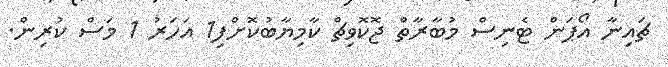
ޗައިނާ އޯޕަން ޓެނިސް މުބާރާތް ޖޮކޮވިޗް ކާމިޔާބުކޮށްފި1 އަހަރު 1 މަސް ކުރިން.